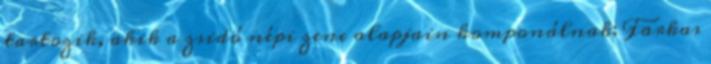
tartozik, akik a zsidó népi zene alapjain komponálnak; Farkas